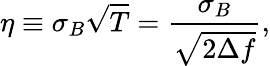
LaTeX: \eta\equiv\sigma_{B}\sqrt{T}=\frac{\sigma_{B}}{\sqrt{2\Delta f}},